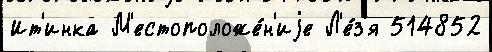
Ит'инка М'естоположе́н'иjе Л'е́з'я 514852